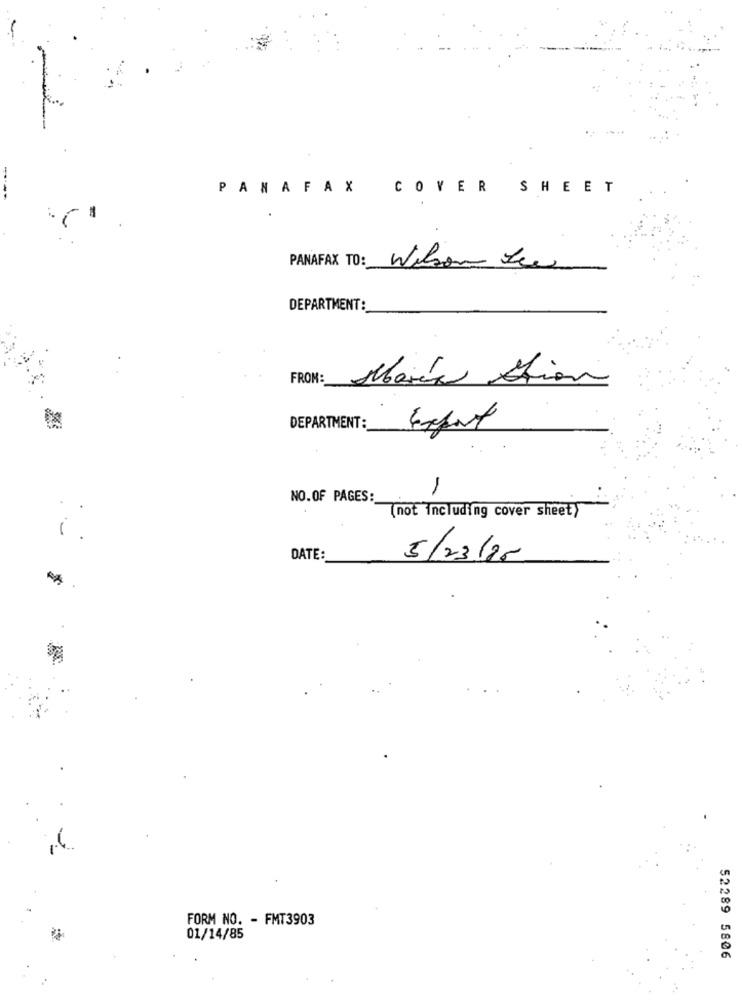
PANAFAX
COVER SHEET
PANAFAX TO:
Wilson Lee
DEPARTMENT:
FROM:
Maria Ation
DEPARTMENT :_
Export
1
NO.OF PAGES:
(not including cover sheet>
i
DATE:
5/23/25
FORM NO. - FMT3903
01/14/85
52289 5806